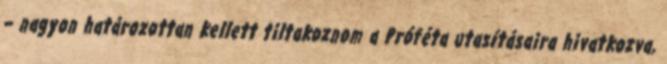
– nagyon határozottan kellett tiltakoznom a Próféta utasításaira hivatkozva,